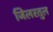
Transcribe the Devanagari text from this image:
जिलरतुल